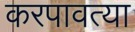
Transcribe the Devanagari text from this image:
करपावत्या